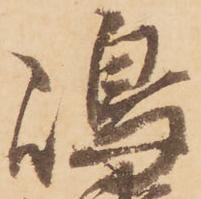
嶋